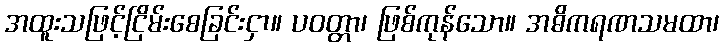
အထူးသဖြင့်ငြိမ်းစေခြင်းငှာ။ ပဝတ္တာ၊ ဖြစ်ကုန်သော။ အဓိကရဏသမထာ၊